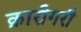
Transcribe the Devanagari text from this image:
क़ारीगरी